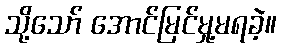
သို့သော် အောင်မြင်မှု့မရခဲ့။